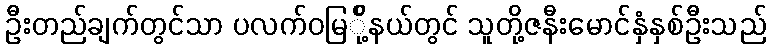
ဦးတည်ချက်တွင်သာ ပလက်ဝမြ်ို့နယ်တွင် သူတို့ဇနီးမောင်နှံနှစ်ဦးသည်